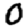
Digit: 0